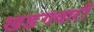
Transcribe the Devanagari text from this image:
खड़गवारी